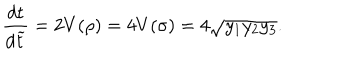
\frac { d t } { d \widetilde { t } } = 2 V ( \rho ) = 4 V ( \sigma ) = 4 \sqrt { y _ { 1 } y _ { 2 } y _ { 3 } } .